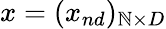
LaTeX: x=(x_{nd})_{\mathbb{N}\times{D}}